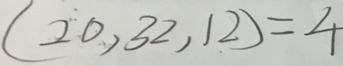
( 2 0 , 3 2 , 1 2 ) = 4